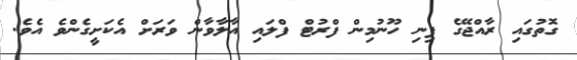
ގޮތުގައި ރާއްޖޭގެ ފިނި ހޫނުމިން ފްރުޓް ފްލައި އާލާވާން ވަރަށް އެކަށީގެންވެ އެވެ.